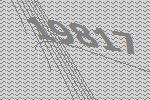
19817